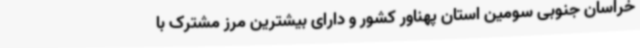
خراسان جنوبی سومین استان پهناور کشور و دارای بیشترین مرز مشترک با